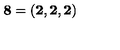
{ \bf 8 } = \left( { \bf 2 } , { \bf 2 } , { \bf 2 } \right)